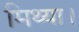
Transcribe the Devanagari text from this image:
मिथ्या।